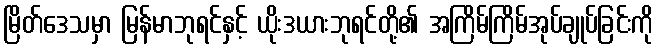
မြိတ်ဒေသမှာ မြန်မာဘုရင်နှင့် ယိုးဒယားဘုရင်တို့၏ အကြိမ်ကြိမ်အုပ်ချုပ်ခြင်းကို